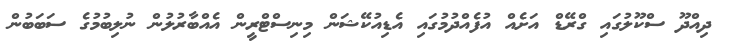
ދިއްދޫ ސްކޫލުގައި ގްރޭޑް އަށެއް އުފެއްދުމުގައި އެޑިއުކޭޝަން މިނިސްޓްރީން އެއްބާރުލުން ނުލިބުމުގެ ސަބަބުން